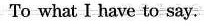
To what I have to say.